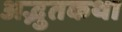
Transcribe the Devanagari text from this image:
अद्भुतकथा